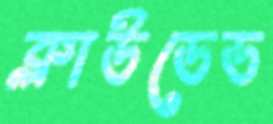
ক্লাউডেড